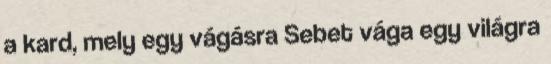
a kard, mely egy vágásra Sebet vága egy világra